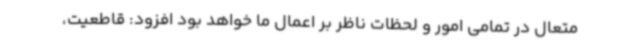
متعال در تمامی امور و لحظات ناظر بر اعمال ما خواهد بود افزود: قاطعیت،